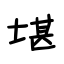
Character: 堪